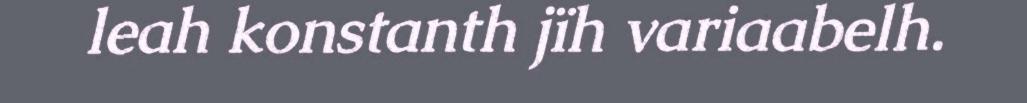
leah konstanth jïh variaabelh.